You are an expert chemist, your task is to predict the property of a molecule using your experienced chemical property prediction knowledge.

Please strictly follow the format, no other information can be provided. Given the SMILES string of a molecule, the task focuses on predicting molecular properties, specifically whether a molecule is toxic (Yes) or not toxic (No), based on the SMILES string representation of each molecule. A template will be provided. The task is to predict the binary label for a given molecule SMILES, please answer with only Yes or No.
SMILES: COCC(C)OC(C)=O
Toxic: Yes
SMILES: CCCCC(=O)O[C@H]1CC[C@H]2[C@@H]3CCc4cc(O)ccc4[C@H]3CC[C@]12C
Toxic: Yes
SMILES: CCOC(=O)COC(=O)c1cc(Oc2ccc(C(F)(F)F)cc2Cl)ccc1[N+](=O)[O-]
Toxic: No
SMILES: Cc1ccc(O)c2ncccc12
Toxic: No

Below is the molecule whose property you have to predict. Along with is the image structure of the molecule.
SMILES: OCCCCO
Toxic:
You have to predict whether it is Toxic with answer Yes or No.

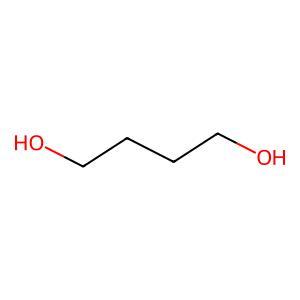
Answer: No